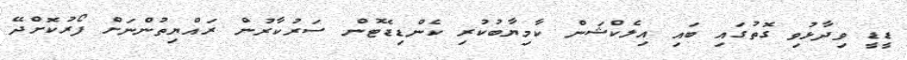
ޑީޑީ ވިދާޅުވި ގޮތުގައި ބައި އިލެކްޝަން ކާމިޔާބުކުރި ކެންޑިޑޭޓުން ސަރުކާރުން ރައްޔިތުންނަށް ފޯރުކޮށްދޭ